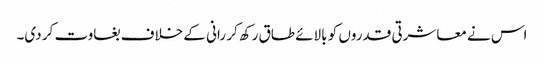
اس نے معاشرتی قدروں کو بالائے طاق رکھ کر رانی کے خلاف بغاوت کر دی۔